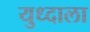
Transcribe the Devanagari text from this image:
युध्दाला